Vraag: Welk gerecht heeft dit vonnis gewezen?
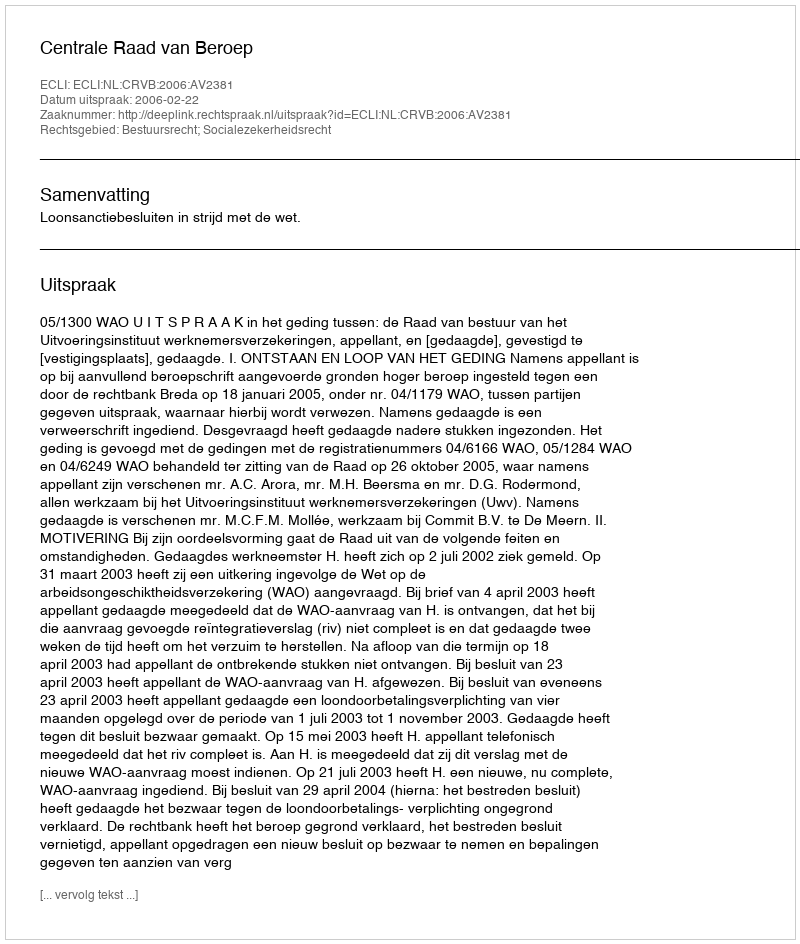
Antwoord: Centrale Raad van Beroep